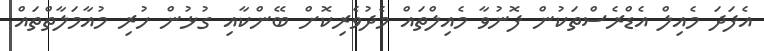
އެފަދަ މެއިލް އެޑްރެސްތަކުން ފޮނުވާ މެއިލްތައް މެދުވެރިކޮށް ބޭންކާއި ގުޅުން ހުރި މުއާމަލާތްތައް